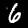
Label: 6